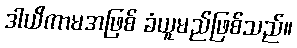
ဒါယိကာမအဖြစ် ခံယူမည်ဖြစ်သည်။